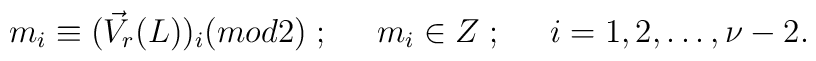
m_i\equiv(\vec{V}_r(L))_i(mod 2)\;;\;\;\;\;\;m_i\in Z\;;\;\;\;\;\;i=1,2,\ldots,\nu-2 .